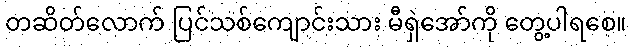
တဆိတ်လောက် ပြင်သစ်ကျောင်းသား မီရှဲအော်ကို တွေ့ပါရစေ။